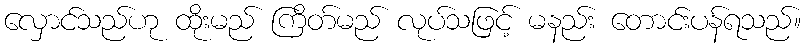
လှောင်သည်ဟု ထိုးမည် ကြိတ်မည် လုပ်သဖြင့် မနည်း တောင်းပန်ရသည်။